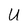
Character: U